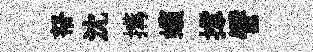
帑沈搆蠙撑譬